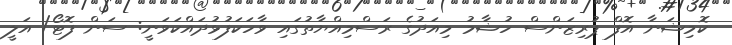
ކޮމިޝަނާ އޮފް ޕުރިޒަންސް ހުޝާމު މިއަދުގެ ރަސްމިއްޔާތުގައި ވާހަކަފުޅުދައްކަވަނީ: ސަން ފޮޓޯ/ އަލީ